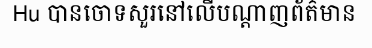
Hu បានចោទសួរនៅលើបណ្តាញព័ត៌មាន